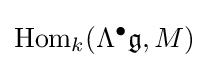
\mathrm {Hom} _{k}(\Lambda ^{\bullet }{\mathfrak {g}},M)